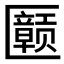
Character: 𪟲